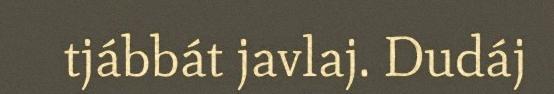
tjábbát javlaj. Dudáj